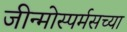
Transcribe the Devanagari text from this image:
जीन्मोस्पर्मसच्या